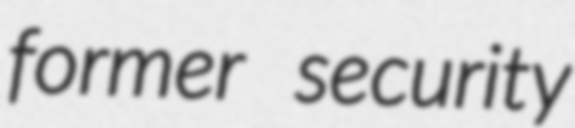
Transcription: former security